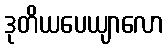
ဒုတိယပေယျာလော